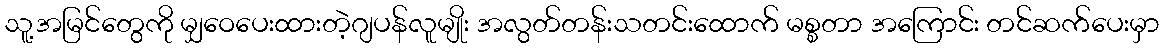
သူ့အမြင်တွေကို မျှဝေပေးထားတဲ့ဂျပန်လူမျိုး အလွတ်တန်းသတင်းထောက် မစ္စတာ အကြောင်း တင်ဆက်ပေးမှာ